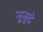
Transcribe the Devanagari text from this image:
नुनुदे